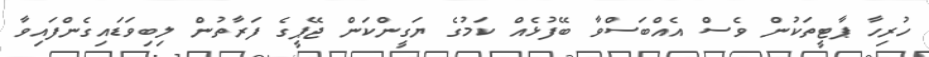
ހުރިހާ ޕާޓީތަކުން ވެސް އެއްބަސްވާ ބޭފުޅެއް ކަމުގެ ޔަގީންކަން ޖޭޕީގެ ފަރާތުން ލިބިވަޑައިގެންފައިވާ